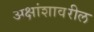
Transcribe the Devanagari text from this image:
अक्षांशावरील